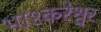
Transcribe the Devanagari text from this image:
भाश्करेश्वर